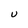
Character: U